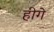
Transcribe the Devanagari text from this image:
हीगे